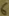
Text: 6